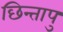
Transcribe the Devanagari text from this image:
छिन्तापु